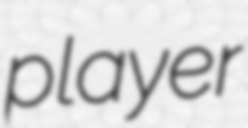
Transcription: player